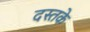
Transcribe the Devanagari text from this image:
दस्तके